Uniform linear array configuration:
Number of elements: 12
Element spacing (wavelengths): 0.25
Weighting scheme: hamming
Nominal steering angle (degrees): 30
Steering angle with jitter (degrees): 28.094
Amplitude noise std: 0.05
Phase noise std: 0.05

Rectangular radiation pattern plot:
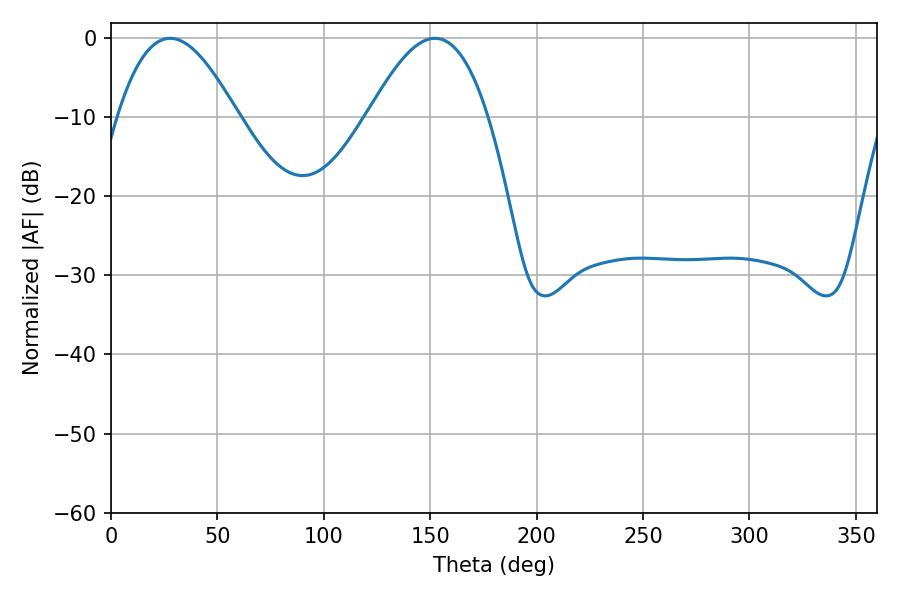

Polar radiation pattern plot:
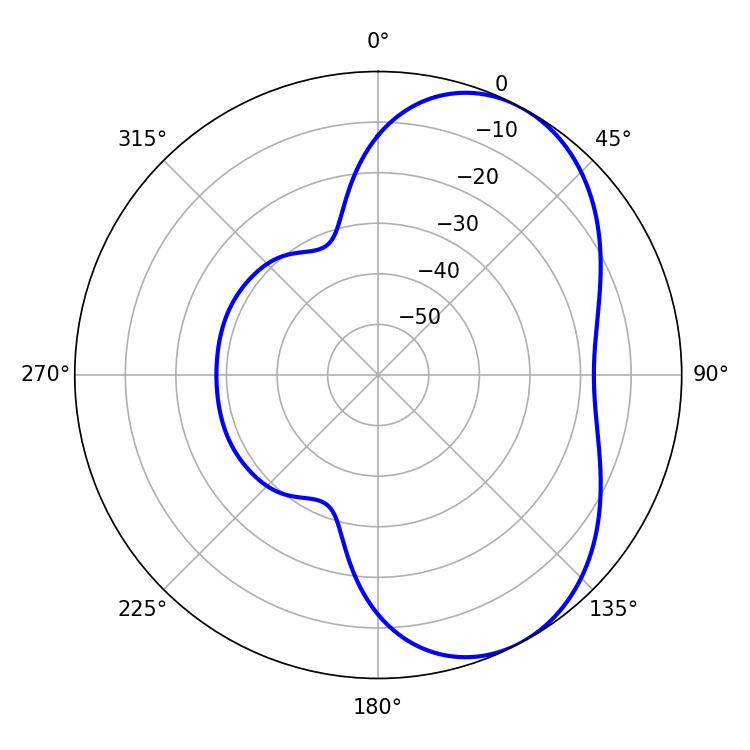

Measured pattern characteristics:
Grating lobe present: FALSE
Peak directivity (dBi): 5.364
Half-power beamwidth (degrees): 30.6
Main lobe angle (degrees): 27.72